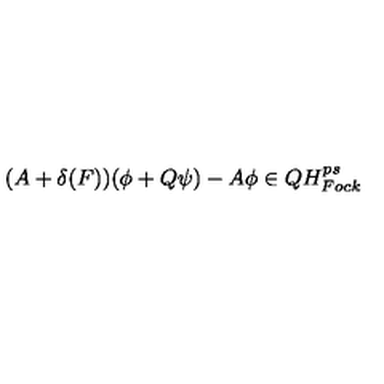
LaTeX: ( A + \delta ( F ) ) ( \phi + Q \psi ) - A \phi \in Q H _ { F o c k } ^ { p s }